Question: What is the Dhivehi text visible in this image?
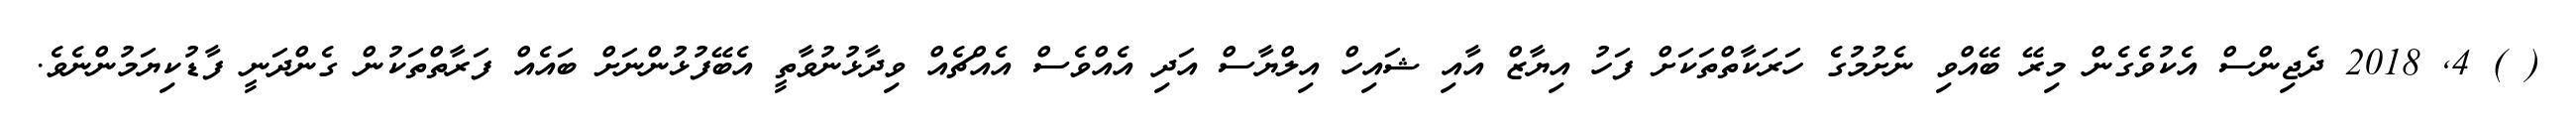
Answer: ( ) 4, 2018 ދެޖިންސް އެކުވެގެން މިރޭ ބޭއްވި ނެށުމުގެ ހަރަކާތްތަކަށް ފަހު އިޔާޒް އާއި ޝައިހް އިލްޔާސް އަދި އެއްވެސް އެއްޗެއް ވިދާޅުނުވާތީ އެބޭފުޅުންނަށް ބައެއް ފަރާތްތަކުން ގެންދަނީ ފާޑުކިޔަމުންނެވެ.